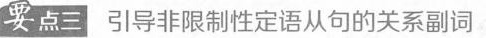
要点三 引导非限制性定语从句的关系副词